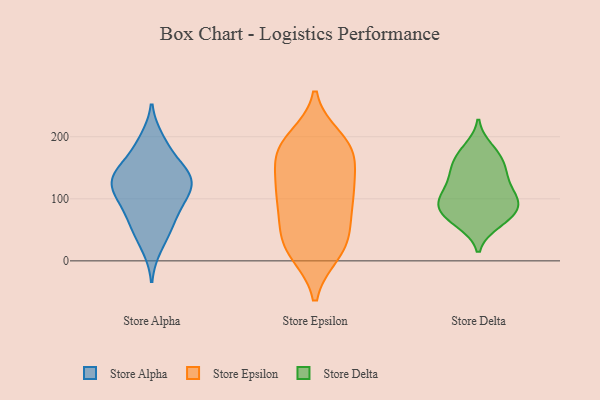
{"axis": {"x": "Operating Costs (USD K)", "y": "Value"}, "legend": ["Store Alpha", "Store Delta", "Store Epsilon"], "data": [{"x": "", "y": 137, "type": "Store Alpha"}, {"x": "", "y": 53, "type": "Store Alpha"}, {"x": "", "y": 126, "type": "Store Alpha"}, {"x": "", "y": 184, "type": "Store Alpha"}, {"x": "", "y": 121, "type": "Store Alpha"}, {"x": "", "y": 23, "type": "Store Alpha"}, {"x": "", "y": 142, "type": "Store Alpha"}, {"x": "", "y": 94, "type": "Store Alpha"}, {"x": "", "y": 104, "type": "Store Alpha"}, {"x": "", "y": 143, "type": "Store Alpha"}, {"x": "", "y": 110, "type": "Store Alpha"}, {"x": "", "y": 147, "type": "Store Alpha"}, {"x": "", "y": 56, "type": "Store Alpha"}, {"x": "", "y": 76, "type": "Store Alpha"}, {"x": "", "y": 195, "type": "Store Alpha"}, {"x": "", "y": 183, "type": "Store Epsilon"}, {"x": "", "y": 176, "type": "Store Epsilon"}, {"x": "", "y": 172, "type": "Store Epsilon"}, {"x": "", "y": 18, "type": "Store Epsilon"}, {"x": "", "y": 122, "type": "Store Epsilon"}, {"x": "", "y": 15, "type": "Store Epsilon"}, {"x": "", "y": 120, "type": "Store Epsilon"}, {"x": "", "y": 130, "type": "Store Epsilon"}, {"x": "", "y": 96, "type": "Store Epsilon"}, {"x": "", "y": 180, "type": "Store Epsilon"}, {"x": "", "y": 93, "type": "Store Epsilon"}, {"x": "", "y": 179, "type": "Store Epsilon"}, {"x": "", "y": 99, "type": "Store Epsilon"}, {"x": "", "y": 53, "type": "Store Epsilon"}, {"x": "", "y": 13, "type": "Store Epsilon"}, {"x": "", "y": 36, "type": "Store Epsilon"}, {"x": "", "y": 51, "type": "Store Epsilon"}, {"x": "", "y": 196, "type": "Store Epsilon"}, {"x": "", "y": 105, "type": "Store Delta"}, {"x": "", "y": 132, "type": "Store Delta"}, {"x": "", "y": 61, "type": "Store Delta"}, {"x": "", "y": 167, "type": "Store Delta"}, {"x": "", "y": 170, "type": "Store Delta"}, {"x": "", "y": 103, "type": "Store Delta"}, {"x": "", "y": 96, "type": "Store Delta"}, {"x": "", "y": 102, "type": "Store Delta"}, {"x": "", "y": 67, "type": "Store Delta"}, {"x": "", "y": 150, "type": "Store Delta"}, {"x": "", "y": 143, "type": "Store Delta"}, {"x": "", "y": 77, "type": "Store Delta"}, {"x": "", "y": 131, "type": "Store Delta"}, {"x": "", "y": 181, "type": "Store Delta"}, {"x": "", "y": 66, "type": "Store Delta"}, {"x": "", "y": 87, "type": "Store Delta"}, {"x": "", "y": 88, "type": "Store Delta"}]}